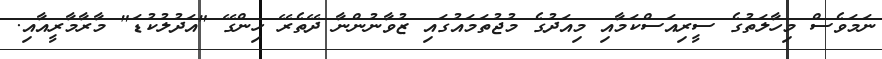
ނަމަވެސް މިހާލަތުގެ ސީރިއަސްކަމާއި މިއަދުގެ މުޖުތަމައުގައި ޒުވާނުންނާ ދޭތެރޭ ހިންގޭ "އަދުލުކުޑަ" މާރާމާރީއާއި.